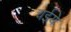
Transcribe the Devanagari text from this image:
चईये